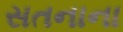
સતનાના